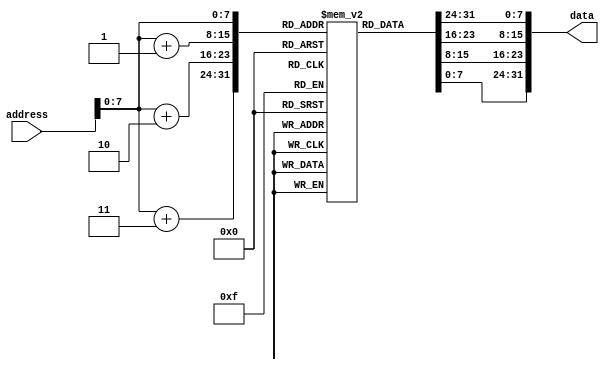
module MyIMem(
    input [31:0] address,
    output reg [31:0] data 
);

reg [7:0] memory[0:255];

initial
begin
    /*{memory[0],memory[1],memory[2],memory[3]}       = 32'b0;
    {memory[4],memory[5],memory[6],memory[7]} 		= 32'b00000000000000010010100000100000;
    {memory[8],memory[9],memory[10],memory[11]}  	= 32'b00000000001000100011000000100000;
    {memory[12],memory[13],memory[14],memory[15]}	= 32'b00000000010000010011100000100010;
    {memory[16],memory[17],memory[18],memory[19]}	= 32'b00000000001000100100000000100010;
    {memory[20],memory[21],memory[22],memory[23]}	= 32'b00000000011001000100100000100100;
    {memory[24],memory[25],memory[26],memory[27]}	= 32'b00000000100000110101000000100101;
    {memory[28],memory[29],memory[30],memory[31]}	= 32'b00000000011010100101100000100100;
    {memory[32],memory[33],memory[34],memory[35]}	= 32'b00000000111010000110000000100101;
    {memory[36],memory[37],memory[38],memory[39]}	= 32'b00000000011001000110100000101010;
    {memory[40],memory[41],memory[42],memory[43]}	= 32'b00000000001000100111000000101010;*/
    
end

always @*
begin
    data = {memory[address], memory[address + 1], memory[address + 2], memory[address + 3]};
end

endmodule